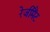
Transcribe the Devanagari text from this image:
रेजीमैंट